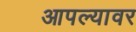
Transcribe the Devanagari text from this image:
आपल्‍यावर